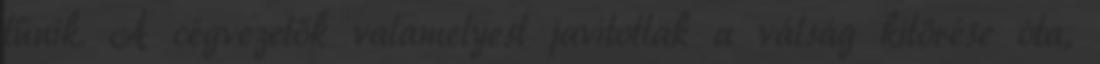
tűnik. A cégvezetők valamelyest javítottak a válság kitörése óta,